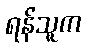
ရန်သူက